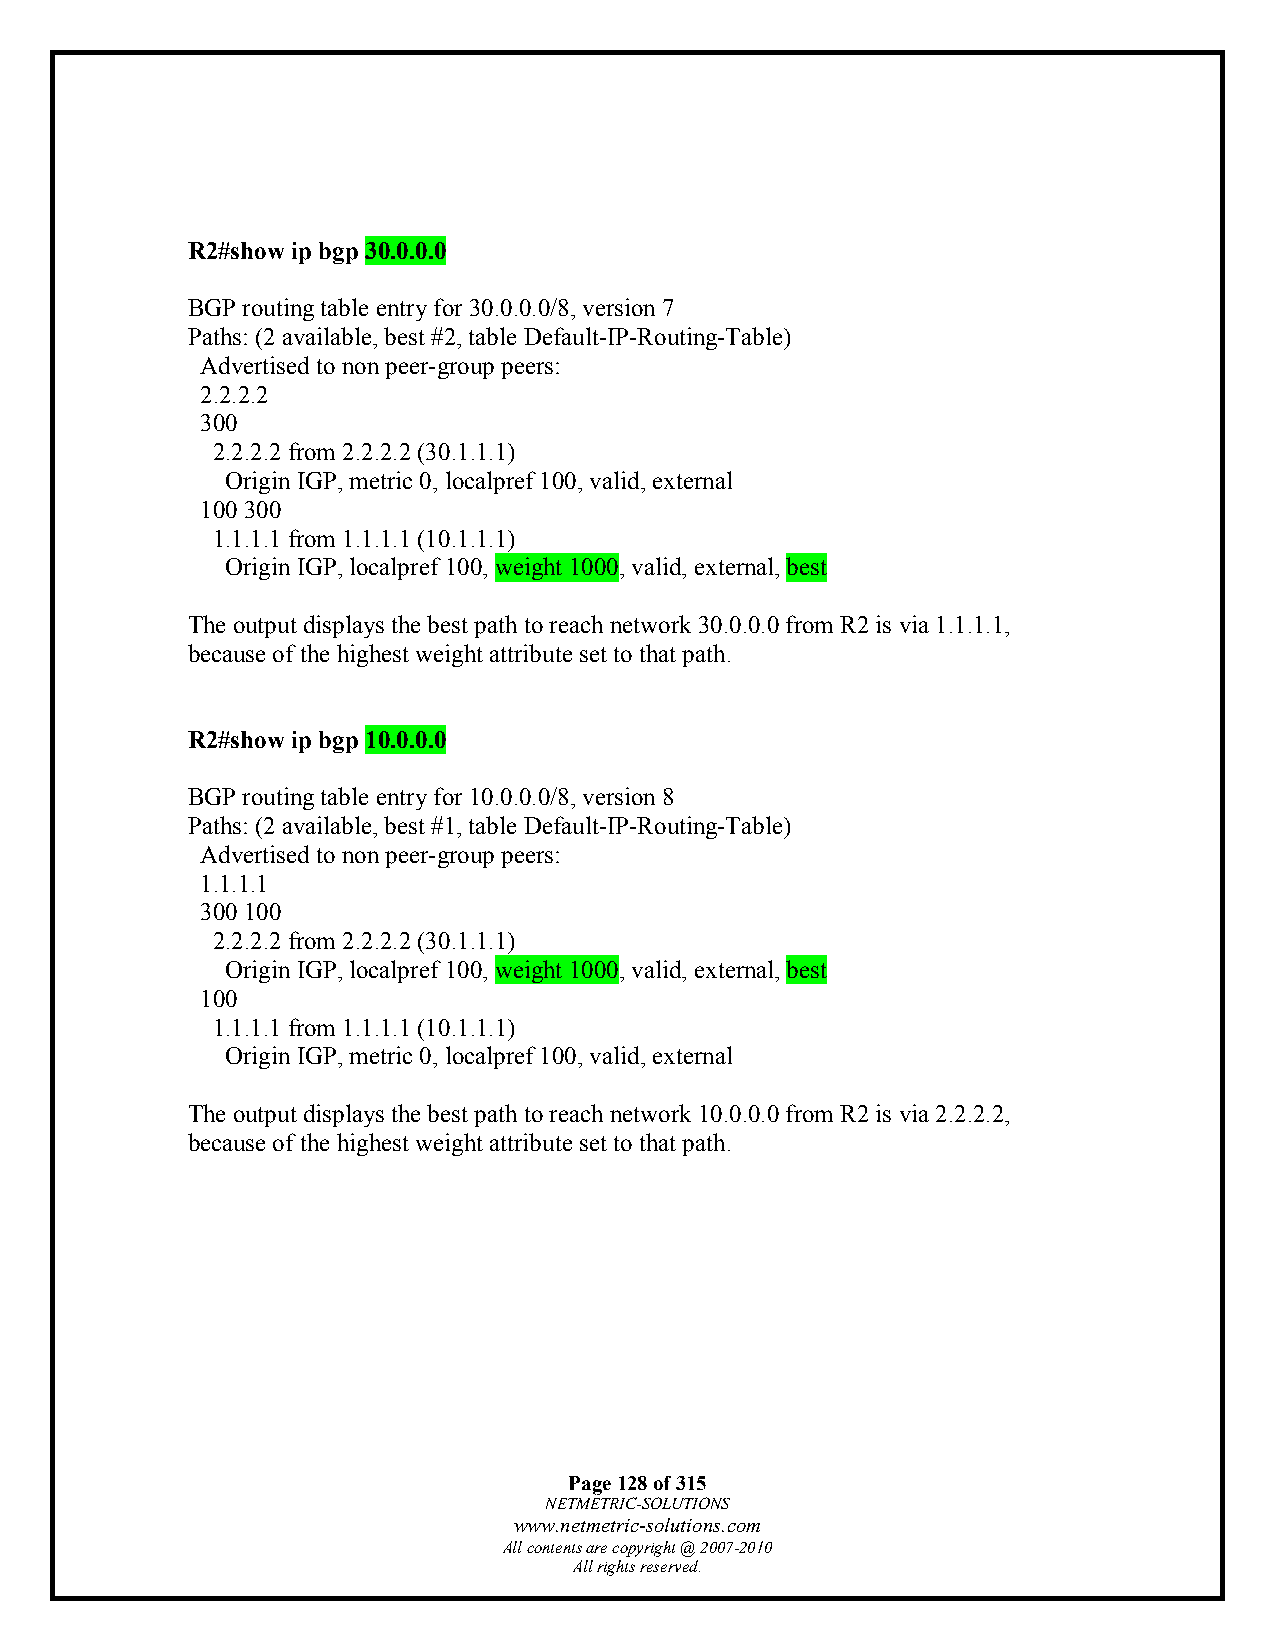
R2#show ip bgp 30.0.0.0
 BGP routing table entry for 30.0.0.0/8, version 7
 Paths: (2 available, best #2, table Default-IP-Routing-Table)
 Advertised to non peer-group peers:
 2.2.2.2
 300
 2.2.2.2 from 2.2.2.2 (30.1.1.1)
 Origin IGP, metric 0, localpref 100, valid, external
 100 300
 1.1.1.1 from 1.1.1.1 (10.1.1.1)
 Origin IGP, localpref 100, weight 1000, valid, external, best
 The output displays the best path to reach network 30.0.0.0 from R2 is via 1.1.1.1,
 because of the highest weight attribute set to that path.
 R2#show ip bgp 10.0.0.0
 BGP routing table entry for 10.0.0.0/8, version 8
 Paths: (2 available, best #1, table Default-IP-Routing-Table)
 Advertised to non peer-group peers:
 1.1.1.1
 300 100
 2.2.2.2 from 2.2.2.2 (30.1.1.1)
 Origin IGP, localpref 100, weight 1000, valid, external, best
 100
 1.1.1.1 from 1.1.1.1 (10.1.1.1)
 Origin IGP, metric 0, localpref 100, valid, external
 The output displays the best path to reach network 10.0.0.0 from R2 is via 2.2.2.2,
 because of the highest weight attribute set to that path.
 Page 128 of 315
 NETMETRIC-SOLUTIONS
 www.netmetric-solutions.com
 All contents are copyright @ 2007-2010
 All rights reserved.